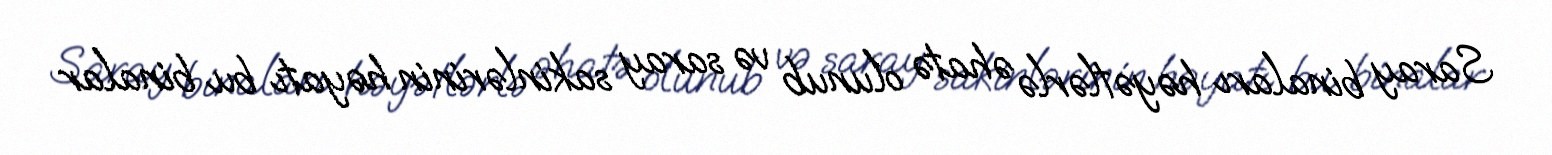
Saray binaları həyətlərlə əhatə olunub və saray sakinlərinin həyatı bu binalar